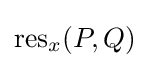
\operatorname {res} _{x}(P,Q)